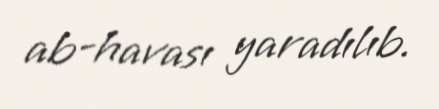
ab-havası yaradılıb.